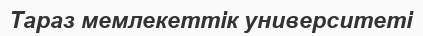
Тараз мемлекеттік университеті